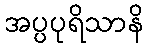
အပ္ပပုရိသာနိ